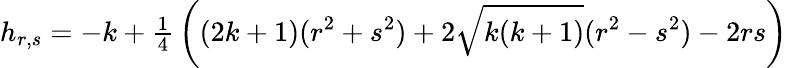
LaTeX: h_{r,s}=-k+{\textstyle\frac{1}{4}}\left((2k+1)(r^{2}+s^{2})+2\sqrt{k(k+1)}(r^{2}-s^{2})-2rs\right)